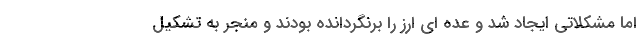
اما مشکلاتی ایجاد شد و عده ای ارز را برنگردانده بودند و منجر به تشکیل